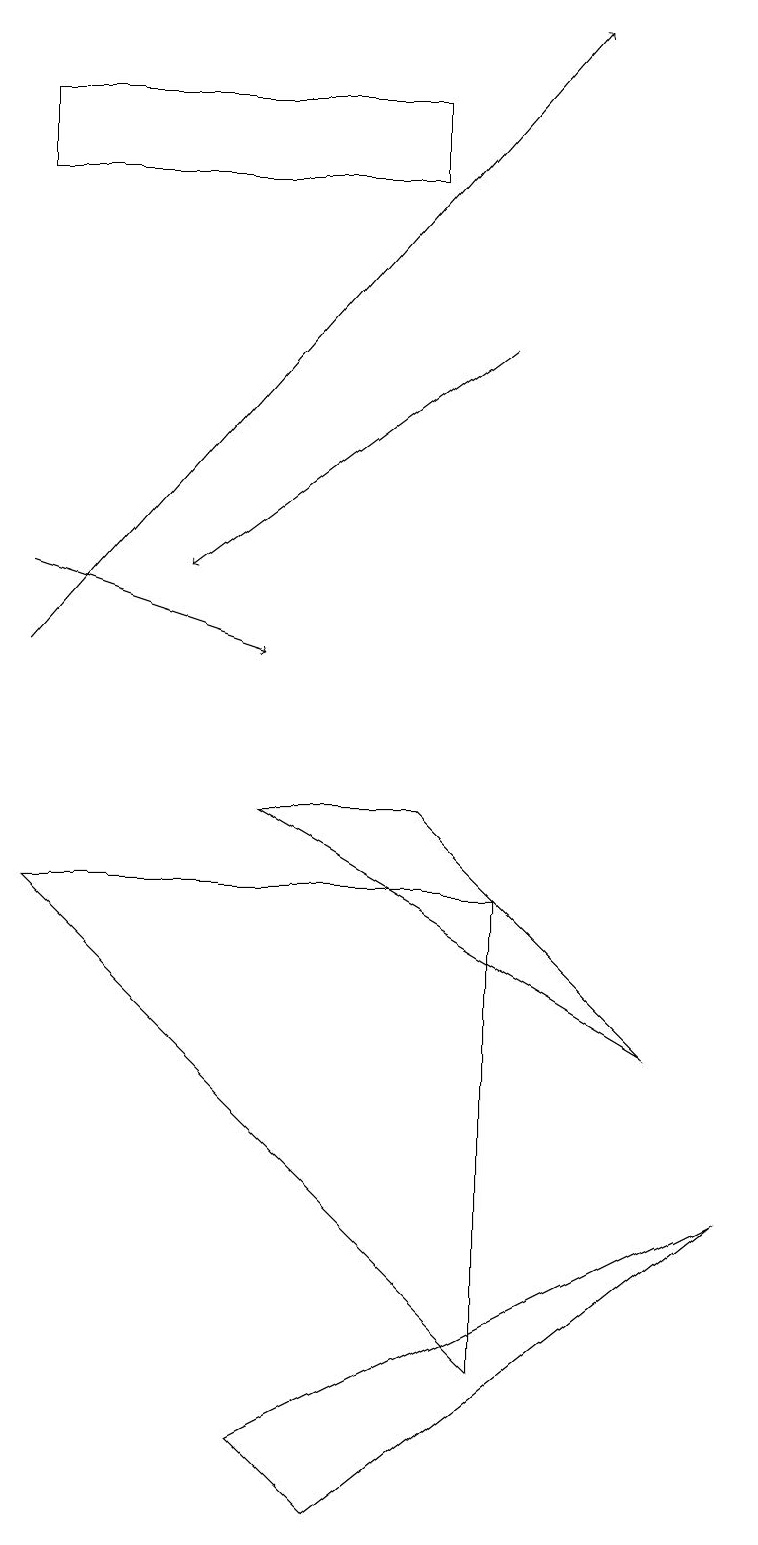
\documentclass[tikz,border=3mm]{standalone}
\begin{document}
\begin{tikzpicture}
\draw (5,18) rectangle (0,17);
\draw[->] (0,11) -- (7,19);
\draw[->] (6,15) -- (2,12);
\draw (5,9) -- (8,6) -- (3,9) -- cycle;
\draw (3,1) -- (9,4) -- (4,0) -- cycle;
\draw[->] (0,12) -- (3,11);
\draw (0,8) -- (6,8) -- (6,2) -- cycle;
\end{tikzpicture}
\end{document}